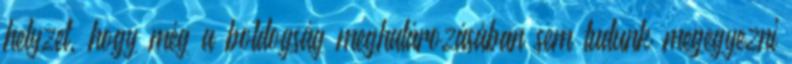
helyzet, hogy még a boldogság meghatározásában sem tudunk megegyezni